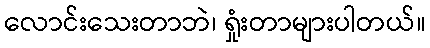
လောင်းသေးတာဘဲ၊ ရှုံးတာများပါတယ်။